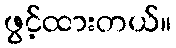
ဖွင့်ထားတယ်။